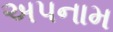
અપનામ